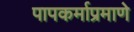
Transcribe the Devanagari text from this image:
पापकर्माप्रमाणे